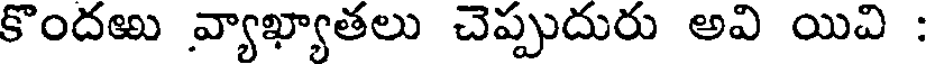
కొందఱు వ్యాఖ్యాతలు చెప్పుదురు అవి యిచి :